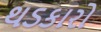
થડકારો